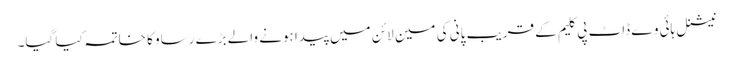
نیشنل ہائی وے ڈاٹ پی کلیم کے قریب پانی کی مین لائن میں پیدا ہونے والے بڑے رساو کا خاتمہ کیا گیا۔